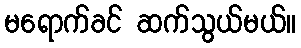
မရောက်ခင် ဆက်သွယ်မယ်။